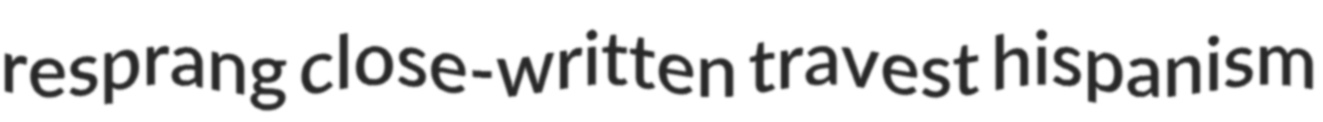
resprang close-written travest hispanism